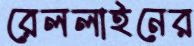
রেললাইনের